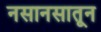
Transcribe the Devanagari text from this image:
नसानसातून